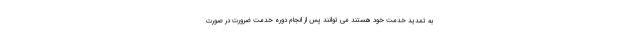
به تمدید خدمت خود هستند می توانند پس از انجام دوره خدمت ضرورت در صورت